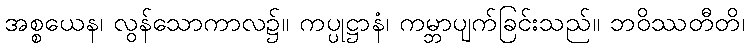
အစ္စယေန၊ လွန်သောကာလ၌။ ကပ္ပုဋ္ဌာနံ၊ ကမ္ဘာပျက်ခြင်းသည်။ ဘဝိဿတီတိ၊